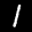
Label: 1